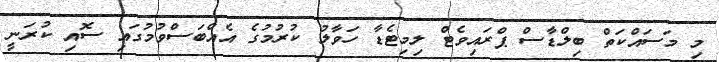
މި މަސައްކަތް ބިލްޑާސް ޕްރައިވެޓް ލިމިޓެޑާ ހަވާލު ކުރުމުގެ އެއްބަސްވުމުގައި ސޮއި ކުރަނީ